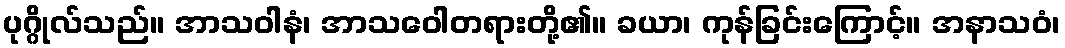
ပုဂ္ဂိုလ်သည်။ အာသဝါနံ၊ အာသဝေါတရားတို့၏။ ခယာ၊ ကုန်ခြင်းကြောင့်။ အနာသဝံ၊